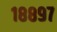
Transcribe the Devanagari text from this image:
१८८९७